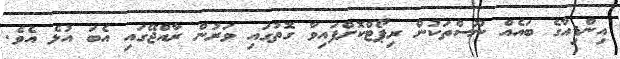
އިންޑިއާގެ ބައެއް ނޫސްތަކުން ރިޕޯޓްކޮށްފައިވާ ގޮތުގައި ވަރުން ރާއްޖޭގައި އެބަ އުޅެ އެވެ.